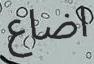
اضاع